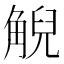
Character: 觬